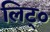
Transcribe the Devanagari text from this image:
लिट्०